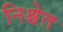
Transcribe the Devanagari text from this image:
निश्चेत